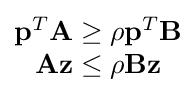
{\begin{matrix}\mathbf {p} ^{T}\mathbf {A} \geq \rho \mathbf {p} ^{T}\mathbf {B} \\\mathbf {A} \mathbf {z} \leq \rho \mathbf {B} {\mathbf {z} }\\\end{matrix}}